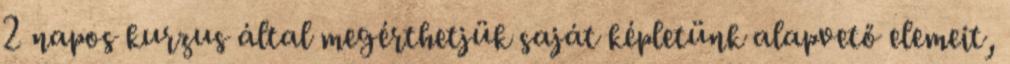
2 napos kurzus által megérthetjük saját képletünk alapvető elemeit,